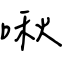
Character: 啾